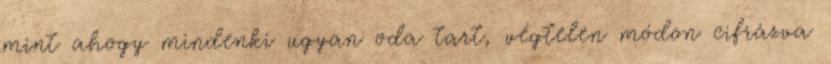
mint ahogy mindenki ugyan oda tart, végtelen módon cifrázva